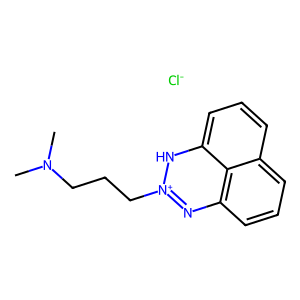
SMILES: CN(C)CCC[n+]1nc2cccc3cccc([nH]1)c32.[Cl-]
Inhibits HIV replication: No